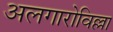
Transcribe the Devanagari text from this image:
अलगारोविल्ला